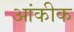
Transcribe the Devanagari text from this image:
आंकीक